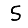
Digit: 5